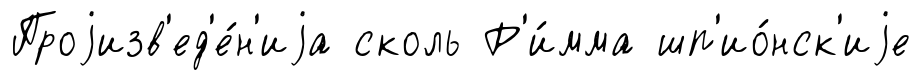
Проjизв'ед'е́н'иjа сколь Р'и́мма шп'ио́нск'иjе